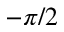
- \pi / 2